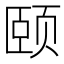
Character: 颐